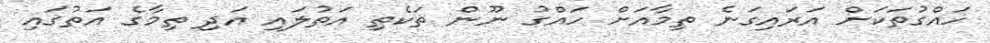
ހައްގުތަކަށް އަރައިގަނެ ތިމާއަށް ހައްގު ނޫން ތަކެތި އަތުލައި އަދި ތިމާގެ އަތުގައި